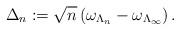
LaTeX: \begin{align*}\Delta_n:= \sqrt{n} \left( \omega_{\Lambda_n}- \omega_{\Lambda_\infty} \right).\end{align*}